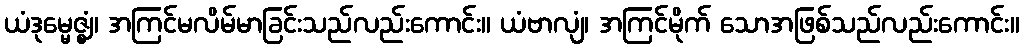
ယံဒုမ္မေဇ္ဈံ၊ အကြင်မလိမ်မာခြင်းသည်လည်းကောင်း။ ယံဗာလျံ၊ အကြင်မိုက် သောအဖြစ်သည်လည်းကောင်း။